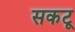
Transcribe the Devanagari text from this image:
सकटू